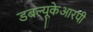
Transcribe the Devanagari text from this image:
डबल्यूकेआरपी